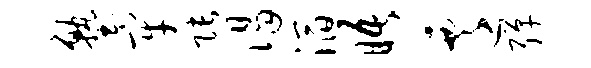
塾牢张谒滔晤迁弹